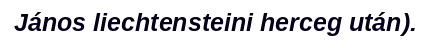
János liechtensteini herceg után).